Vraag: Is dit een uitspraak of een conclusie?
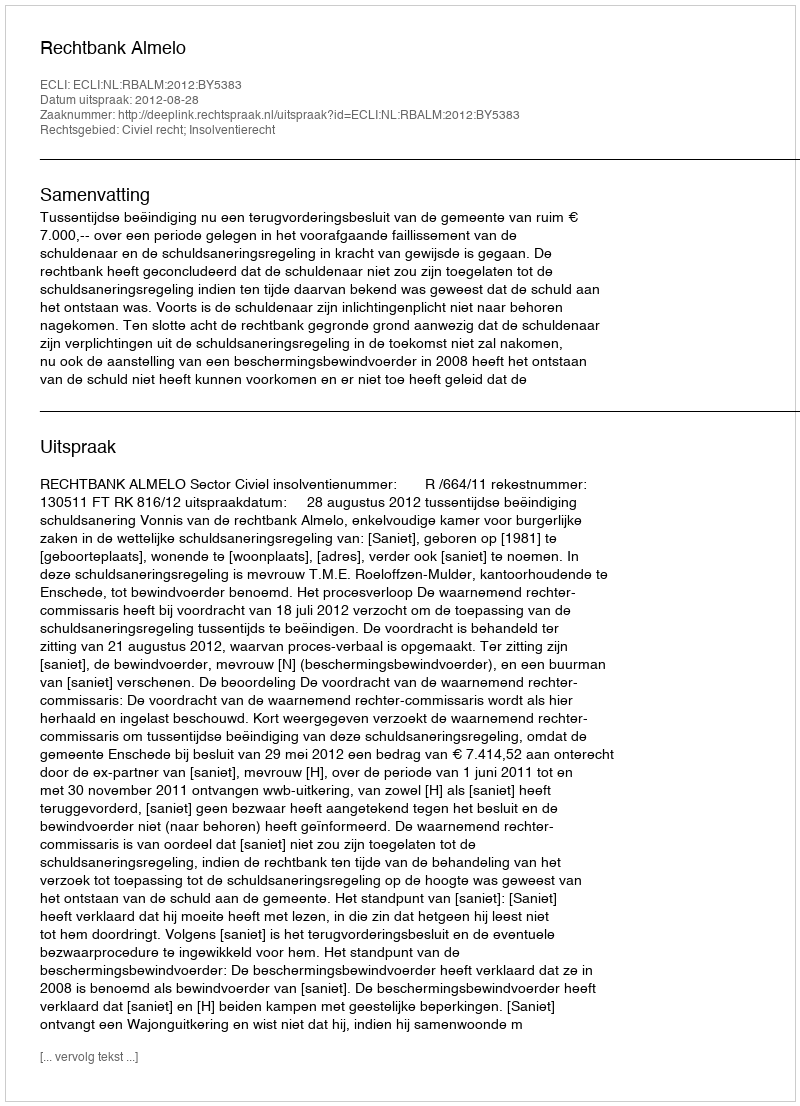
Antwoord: Uitspraak